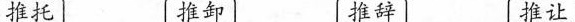
推托 推卸 推辞 推让